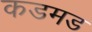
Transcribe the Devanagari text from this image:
कडमड